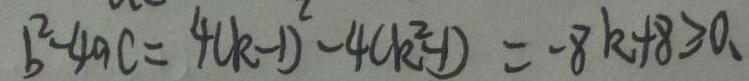
b ^ { 2 } - 4 a c = 4 ( k - 1 ) ^ { 2 } - 4 ( k ^ { 2 } - 1 ) = - 8 k + 8 \geq 0 .